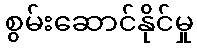
စွမ်းဆောင်နိုင်မှု